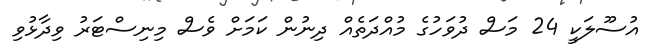
އުސޫލަކީ 24 މަސް ދުވަހުގެ މުއްދަތެއް ދިނުން ކަމަށް ވެސް މިނިސްޓަރު ވިދާޅުވި